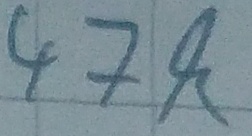
Text: 47k